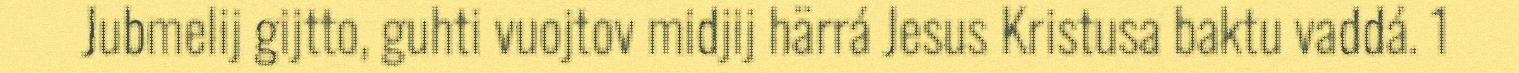
Jubmelij gijtto, guhti vuojtov midjij härrá Jesus Kristusa baktu vaddá. 1